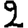
Digit: 2